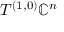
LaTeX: T ^ { ( 1 , 0 ) } \mathbb { C } ^ { n }